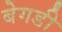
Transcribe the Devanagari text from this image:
बेगडी